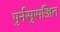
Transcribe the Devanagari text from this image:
पुर्नसुसज्जित